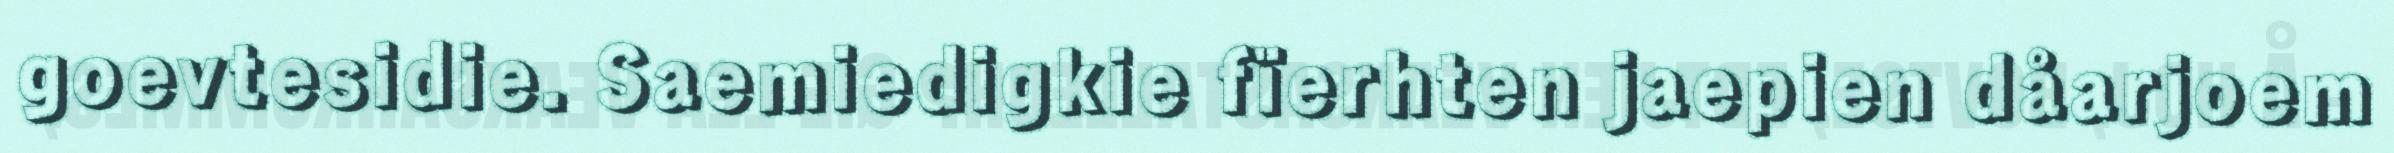
goevtesidie. Saemiedigkie fïerhten jaepien dåarjoem